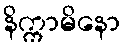
နိက္ကာမိနော